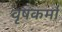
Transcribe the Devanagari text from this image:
वृषकर्मा